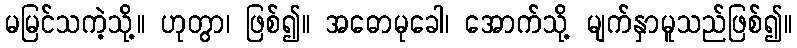
မမြင်သကဲ့သို့။ ဟုတွာ၊ ဖြစ်၍။ အဓောမုခေါ၊ အောက်သို့ မျက်နှာမူသည်ဖြစ်၍။